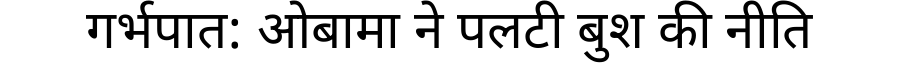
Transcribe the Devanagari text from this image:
गर्भपात: ओबामा ने पलटी बुश की नीति